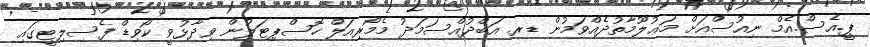
ޕީ.އެސް.އެމް ނިއުސްއަށް މަޢުލޫމާތުދެއްވަމުން ޑރ. އަބްދުއްސަމަދު މެމޯރިއަލް ހޮސްޕިޓަލުން ވިދާޅުވީ ކޯވިޑް ފެސިލިޓީގައި